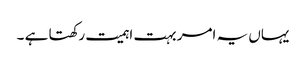
یہاں یہ امر بہت اہمیت رکھتا ہے ۔